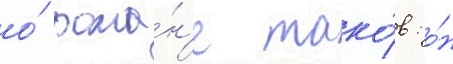
о́ рома́н'е тако́в: о́н